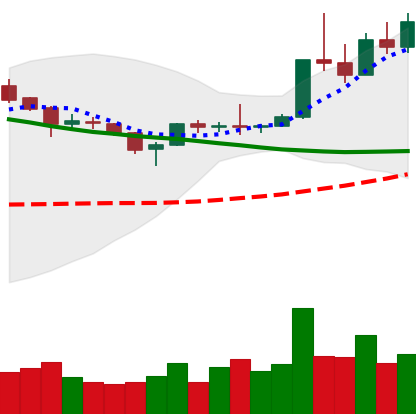
Ticker: XLM-USD
Chart end date: 2019-04-07
Forward return: -12.044%
Label: down_7plus